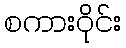
စကားဝိုင်း